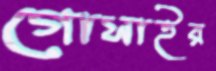
গোসাইর